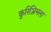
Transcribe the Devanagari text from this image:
कुरिञ्जिमला